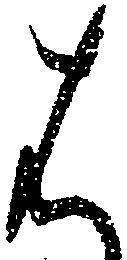
は